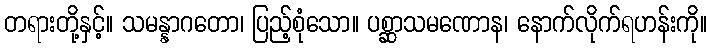
တရားတို့နှင့်။ သမန္နာဂတော၊ ပြည့်စုံသော။ ပစ္ဆာသမဏောန၊ နောက်လိုက်ရဟန်းကို။